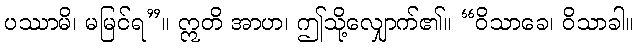
ပဿာမိ၊ မမြင်ရ”။ ဣတိ အာဟ၊ ဤသို့လျှောက်၏။ “ဝိသာခေ၊ ဝိသာခါ။